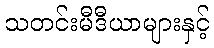
သတင်းမီဒီယာများနှင့်